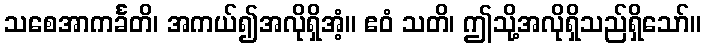
သစေအာကင်္ခတိ၊ အကယ်၍အလိုရှိအံ့။ ဧဝံ သတိ၊ ဤသို့အလိုရှိသည်ရှိသော်။